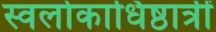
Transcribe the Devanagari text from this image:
स्वर्लोकाधिष्ठात्रीं